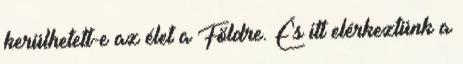
kerülhetett-e az élet a Földre. És itt elérkeztünk a